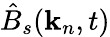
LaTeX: \hat{B}_{s}(\mathbf{k}_{n},t)